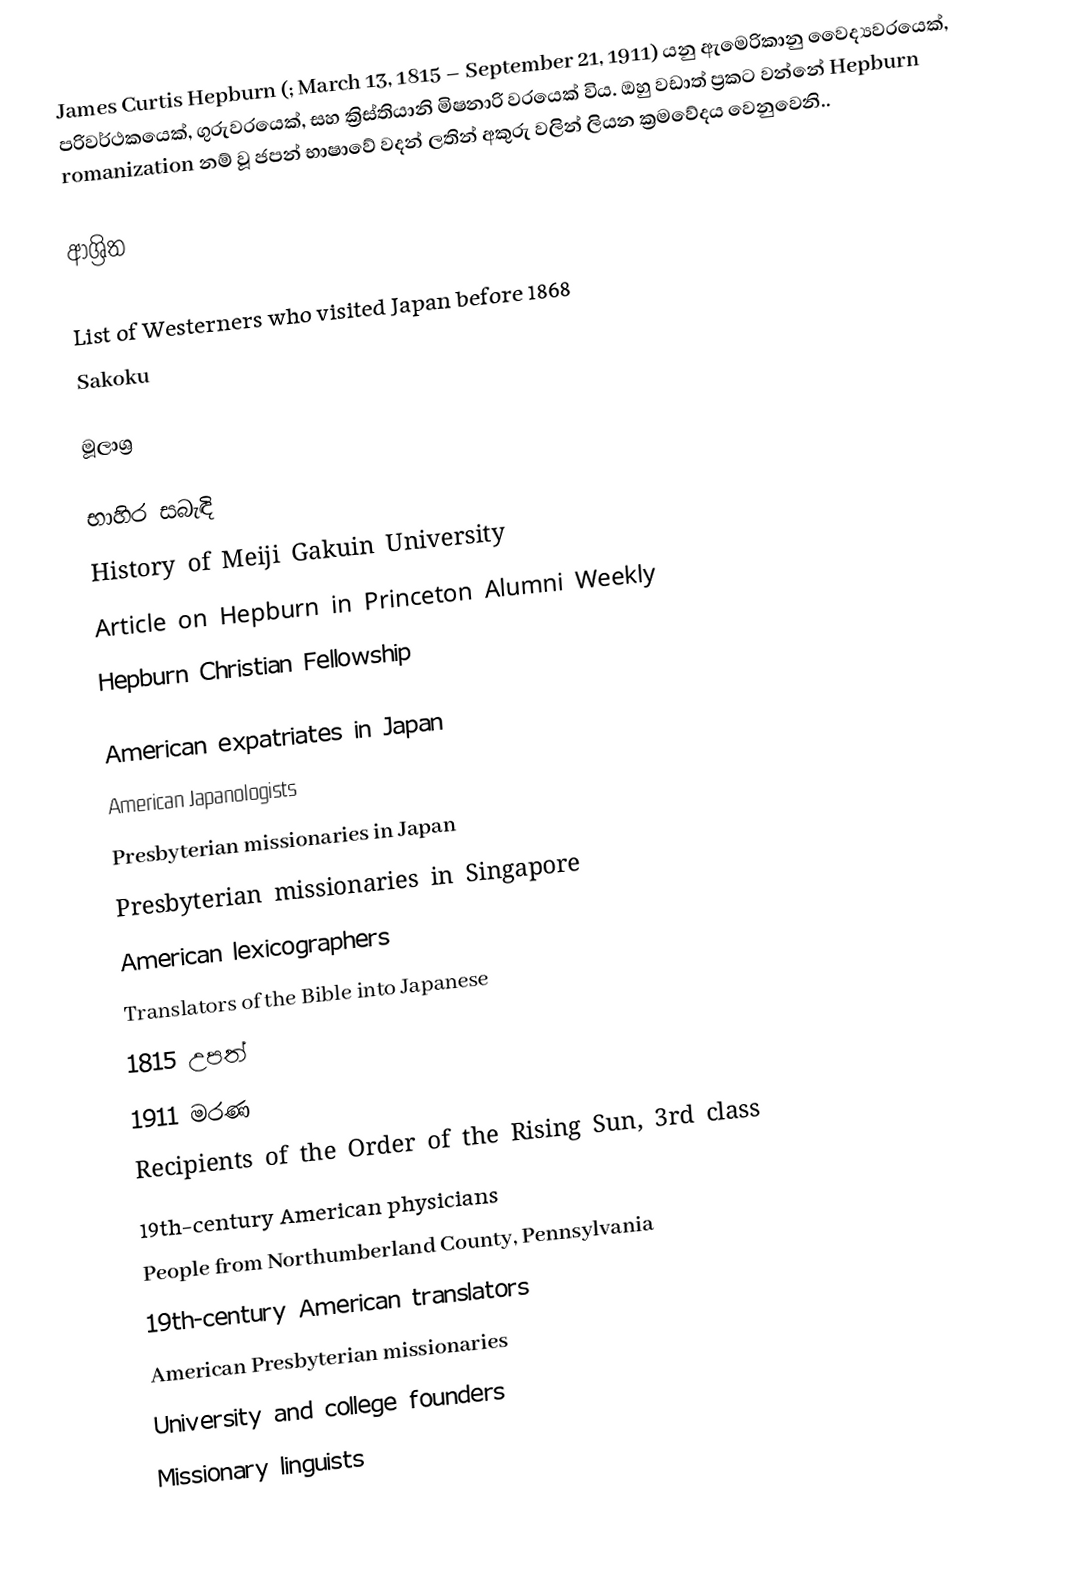
James Curtis Hepburn (; March 13, 1815 – September 21, 1911) යනු ඇමෙරිකානු වෛද්‍යවරයෙක්, පරිවර්ථකයෙක්, ගුරුවරයෙක්, සහ ක්‍රිස්තියානි මිෂනාරි වරයෙක් විය. ඔහු වඩාත් ප්‍රකට වන්නේ Hepburn romanization නම් වූ ජපන් භාෂාවේ වදන් ලතින් අකුරු වලින් ලියන ක්‍රමවේදය වෙනුවෙනි..

ආශ්‍රිත

 List of Westerners who visited Japan before 1868
 Sakoku

මූලාශ්‍ර

භාහිර සබැඳි
History of Meiji Gakuin University
Article on Hepburn in Princeton Alumni Weekly
Hepburn Christian Fellowship

American expatriates in Japan
American Japanologists
Presbyterian missionaries in Japan
Presbyterian missionaries in Singapore
American lexicographers
Translators of the Bible into Japanese
1815 උපත්
1911 මරණ
Recipients of the Order of the Rising Sun, 3rd class
19th-century American physicians
People from Northumberland County, Pennsylvania
19th-century American translators
American Presbyterian missionaries
University and college founders
Missionary linguists